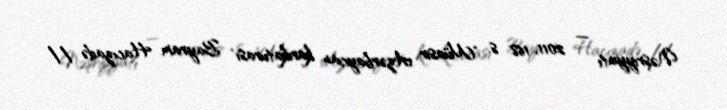
Nəşriyyatı — 2011, 168 s. "Müasir Azərbaycan karikaturası" Bayram Hacızadə //